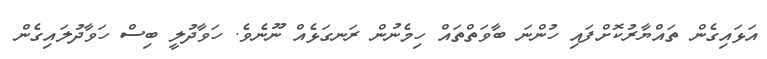
އަޅައިގެން ތައްޔާރުކޮށްފައި ހުންނަ ބާވަތްތައް ހިމެނުން ރަނގަޅެއް ނޫނެވެ. ހަވާދުލީ ބިސް ހަވާދުލައިގެން